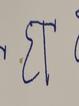
Signature authenticity: forged